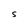
Character: S